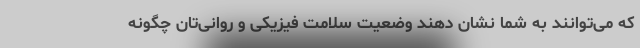
که می‌توانند به شما نشان دهند وضعیت سلامت فیزیکی و روانی‌تان چگونه